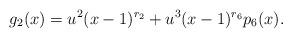
LaTeX: \begin{align*} g_2(x)=u^2(x-1)^{r_2}+u^3(x-1)^{r_6}p_6(x). \end{align*}